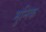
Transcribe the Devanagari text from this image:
मुनिक